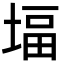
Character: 堛